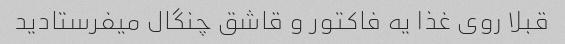
قبلا روی غذا یه فاکتور و قاشق چنگال میفرستادید